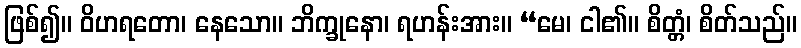
ဖြစ်၍။ ဝိဟရတော၊ နေသော။ ဘိက္ခုနော၊ ရဟန်းအား။ “မေ၊ ငါ၏။ စိတ္တံ၊ စိတ်သည်။